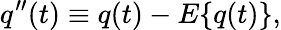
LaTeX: q^{\prime\prime}(t)\equiv q(t)-E\{ q(t)\} ,